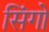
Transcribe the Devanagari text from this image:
सिंगो